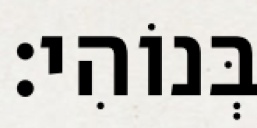
בְּנוֹהִי׃